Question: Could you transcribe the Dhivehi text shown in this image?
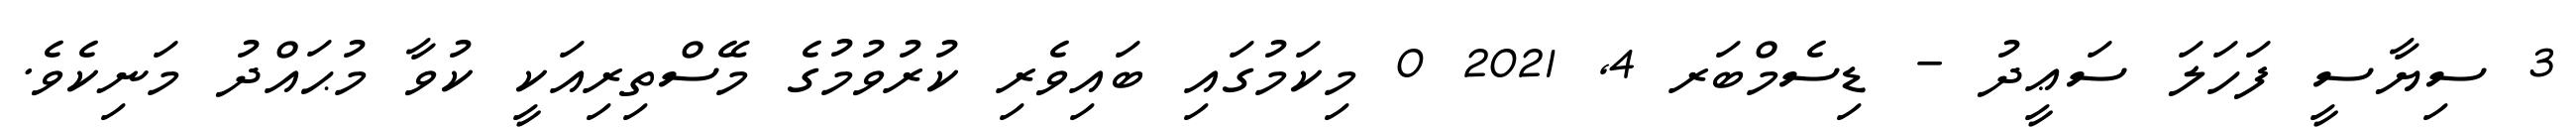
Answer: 3 ސިޔާސީ ފަހަލަ ސަޢީދު - ޑިސެމްބަރ 4, 2021 0 މިކަމުގައި ބައިވެރި ކުރުވުމުގެ މޭސްތިރިއަކީ ކުވާ މުޙައްދު މަނިކެވެ.